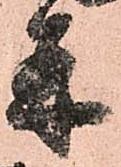
并